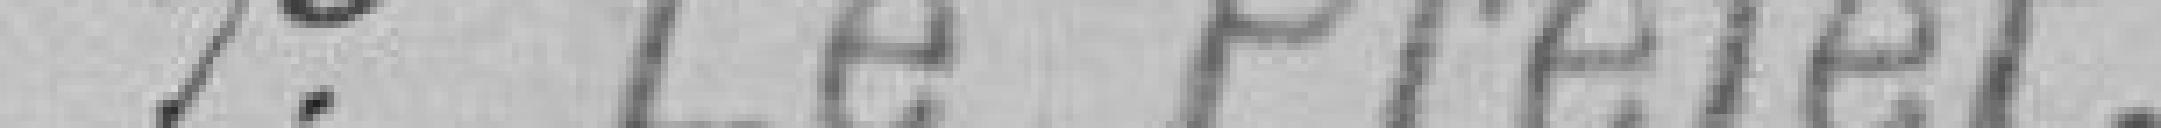
P le Préfet,